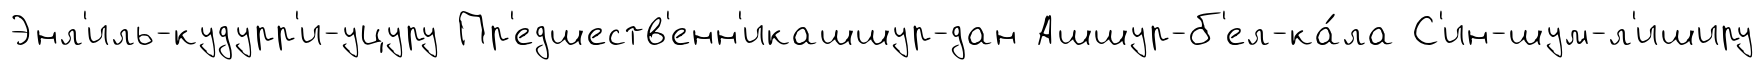
Энл'иль-кудурр'и-уцуру Пр'едшеств'енн'икашшур-дан Ашшур-б'ел-ка́ла С'ин-шум-л'иширу